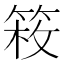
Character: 𥯍